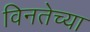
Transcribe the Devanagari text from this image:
विनतेच्या